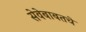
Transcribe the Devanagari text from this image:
सेवेबाबतचे